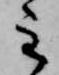
主